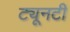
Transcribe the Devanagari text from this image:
ट्यूनटी